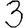
Digit: 3